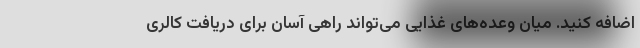
اضافه کنید. میان وعده‌های غذایی می‌تواند راهی آسان برای دریافت کالری